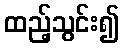
ထည့်သွင်း၍